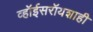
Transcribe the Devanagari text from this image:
व्हॉईसरॉयशाही